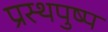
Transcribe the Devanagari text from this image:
प्रस्थपुष्प